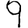
Digit: 9